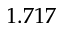
1 . 7 1 7